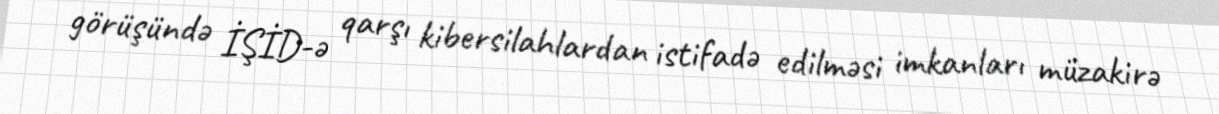
görüşündə İŞİD-ə qarşı kibersilahlardan istifadə edilməsi imkanları müzakirə